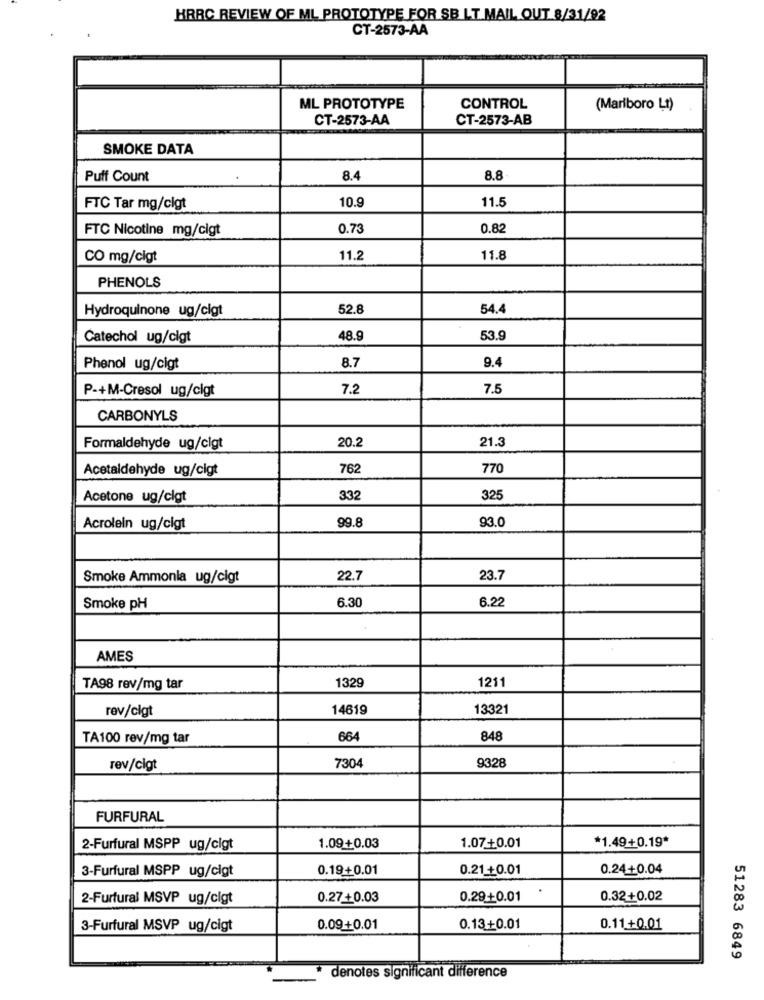
HRRC REVIEW OF ML PROTOTYPE FOR SB LT MAIL OUT 8/31/92
CT-2573-AA
ML PROTOTYPE
CONTROL
(Marlboro Lt)
CT-2573-AA
CT-2573-AB
SMOKE DATA
Puff Count
8.4
8.8
10.9
11.5
FTC Tar mg/cigt
FTC Nicotine mg/cigt
0.73
0.82
CO mg/cigt
11.2
11.8
PHENOLS
Hydroquinone ug/cigt
52.8
54.4
Catechol ug/cigt
48.9
53.9
8.7
9.4
Phenol ug/cigt
P-+M-Cresol ug/cigt
7.2
7.5
CARBONYLS
20.2
21.
Formaldehyde ug/cigt
Acetaldehyde ug/cigt
762
770
Acetone ug/cigt
332
325
99.8
93.0
Acrolein ug/cigt
Smoke Ammonia ug/cigt
22.7
23.7
6.30
6.22
Smoke pH
AMES
1329
1211
TA98 rev/mg tar
rev/clgt
14619
13321
TA100 rev/mg tar
664
848
7304
9328
rev/cigt
FURFURAL
*1.49+0.19*
2-Furfural MSPP ug/cigt
1.09+0.03
1.07-+0.01
3-Furfural MSPP ug/cigt
0.19+0.01
0.21+0.01
0.24+0.04
2-Furfural MSVP ug/clgt
0.27+0.03
0.29+0.01
0.32+0.02
3-Furfural MSVP ug/cigt
0.09+0.01
0.13+0.01
0.11+0.01
51283 6849
denotes significant difference